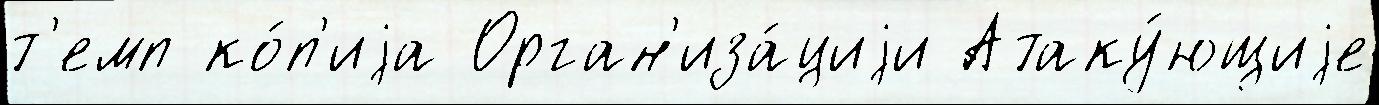
т'емп ко́п'иjа Орган'иза́циjи Атаку́ющиjе